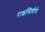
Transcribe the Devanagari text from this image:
राक्षसिणीचे